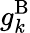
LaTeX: g_{k}^{\textrm{B}}